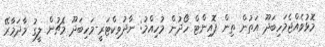
މޮޅުވެއްޖެމަހިބަދޫ އަތުން ތިން ޕޮއިންޓް ހޯދުން މުހިއްމު: ނާދުވިކްޓަރީ-މަހިބަދޫ މެޗުން ލީގު މާދަމާރޭ